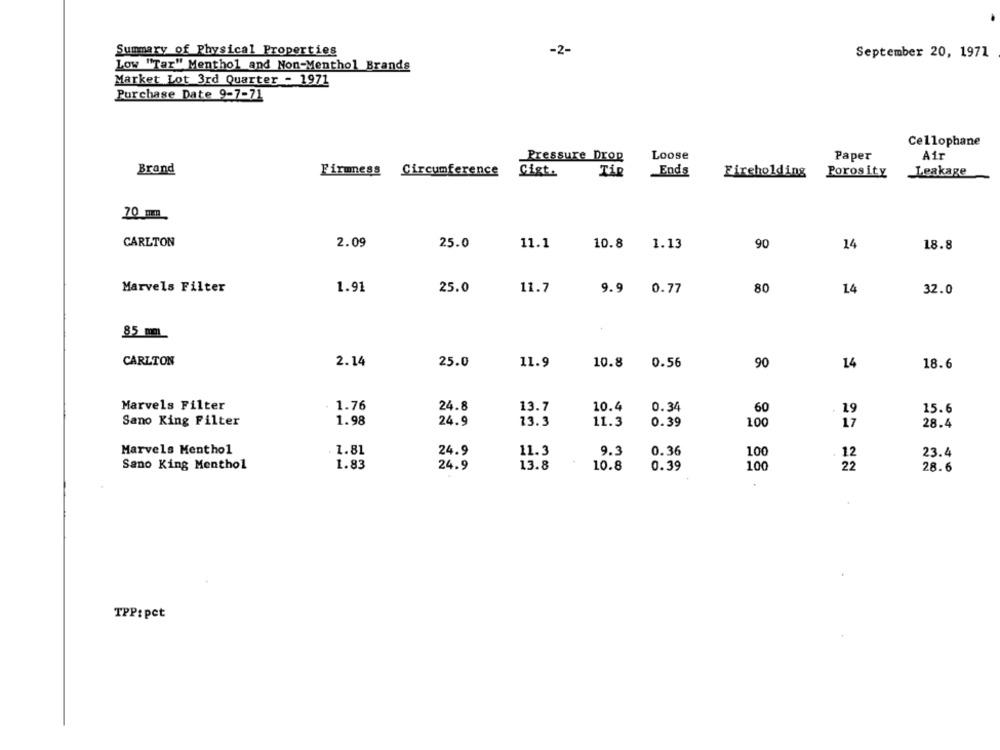
Summary of Physical Properties
-2-
September 20, 1971
Low "Tar" Menthol and Non-Menthol Brands
Market Lot 3rd Quarter - 1971
Purchase Date 9-7-71
Cellophane
Pressure Drop
Loose
Paper
Air
Brand
Firmness Circumference
Cigt.
Ends
Porosity
Leakage
Fireholding
70 m
CARLTON
2.09
25.0
11.1
10.8
1.13
90
14
18.8
Marvels Filter
1.91
25.0
11.7
9.9 0.77
80
14
32.0
85 mmL
CARLTON
2.14
25.0
11.9
10.8
0.56
90
14
18.6
Marvels Filter
1.76
24.8
13.7
10.4
0.34
60
19
15.6
1.98
Sano King Filter
24.9
13.3
11.3
0.39
100
17
28.4
Marvels Menthol
1.81
11.3
9.3
0.36
24.9
100
12
23.4
1.83
24.9
13.8
10.8
100
22
Sano King Menthol
0.39
28.6
TPP: pet